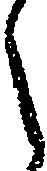
う